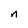
Character: n